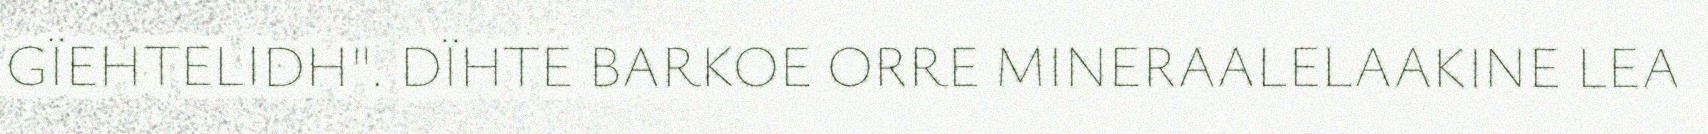
GÏEHTELIDH". DÏHTE BARKOE ORRE MINERAALELAAKINE LEA